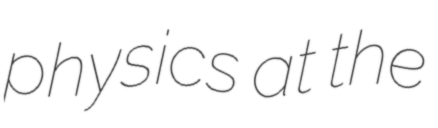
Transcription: physics at the